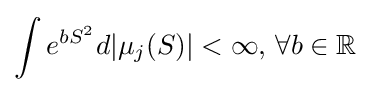
\int e^{bS^{2}}d|\mu _{j}(S)|<\infty ,\,\forall b\in \mathbb {R}